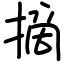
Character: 摘